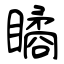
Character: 瞲